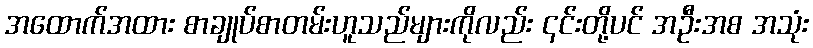
အထောက်အထား စာချုပ်စာတမ်းဟူသည်များကိုလည်း ၎င်းတို့ပင် အဦးအစ အသုံး